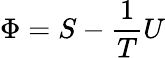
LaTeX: \Phi=S-{\frac{1}{T}}U